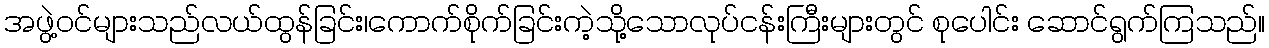
အဖွဲ့ဝင်များသည်လယ်ထွန်ခြင်း၊ကောက်စိုက်ခြင်းကဲ့သို့သောလုပ်ငန်းကြီးများတွင် စုပေါင်း ဆောင်ရွက်ကြသည်။